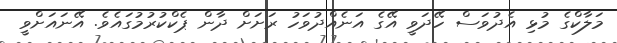
މަލާކްގެ މުޅި އެދުވަސް ހޭދަވީ އޭގެ އަނެއްދުވަހު ރަށަށް ދާން ޕެކްކުރުމުގައެވެ. އޭނައަށްވީ